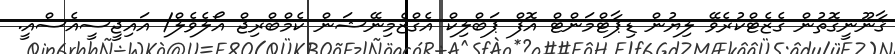
ޤާނޫނީގޮތުން ގެޒެޓްކުރެވޭ ލިޔުން ޑިޕާޓްމަންޓް އޮފް ޕަބްލިކް އެގްޒެމިނޭޝަން ކެމްބްރިޖް އޯލެވެލް/ އައިޖީސީއެސްއީ.